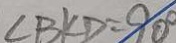
\angle B K D = 9 0 ^ { \circ }